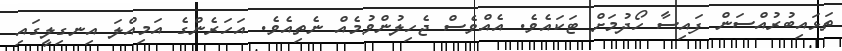
ތަޅައިބުރުއްސަން ފައިސާ ހޯދުމަށް ޓަކައެވެ. އެއްވެސް ޖެހިލުންވުމެއް ނެތިއެވެ. އަހަރެންގެ އަމިއްލަ އިނގިލީގައި